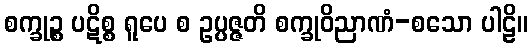
စက္ခုဉ္စ ပဋိစ္စ ရူပေ စ ဥပ္ပဇ္ဇတိ စက္ခုဝိညာဏံ-စသော ပါဠိ။